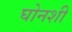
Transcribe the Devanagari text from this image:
घोनशी